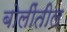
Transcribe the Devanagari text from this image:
बोलींतील